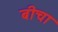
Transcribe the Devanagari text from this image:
बीचा